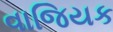
વાજિયક